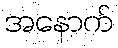
အနောက်